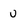
Character: u